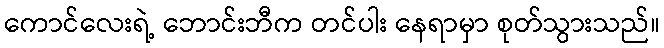
ကောင်လေးရဲ့ ဘောင်းဘီက တင်ပါး နေရာမှာ စုတ်သွားသည်။